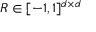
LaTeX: R \in [ - 1 , 1 ] ^ { d \times d }